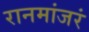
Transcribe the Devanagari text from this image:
रानमांजरं